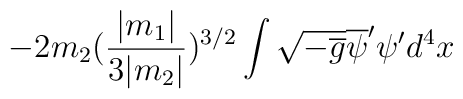
-2m_2 ( \frac {|m_1|}{3|m_2|})^{3/2}  \int\sqrt{-\overline {g}}      \overline{\psi} ^{\prime} \psi ^{\prime} d^4x